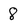
Character: 8